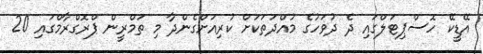
އޭޑީކޭ ހޮސްޕިޓަލްގައި ދެ ދުވަހުގެ މުއްދަތަކަށް ކުރިއަށްގެންދާ މި ތަމްރީން ޕްރޮގްރާމްގައި 20